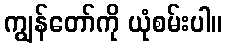
ကျွန်တော်ကို ယုံစမ်းပါ။